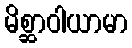
မိစ္ဆာဝါယာမာ